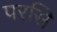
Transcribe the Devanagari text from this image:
परसि